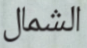
الشمال